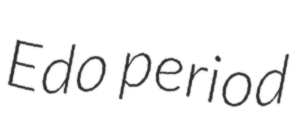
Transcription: Edo period